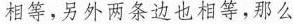
相等，另外两条边也相等，那么